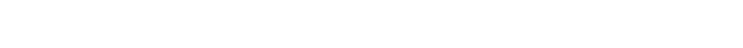
ဝတ္ထုကို။ ဒါတဗ္ဗံ၊ ပေးအပ်၏။ ဣတိ၊ ဤသို့။ ဝုတ္တံ၊ ဆိုအပ်၏။ ကသ္မာ၊ အဘယ်ကြောင့်။